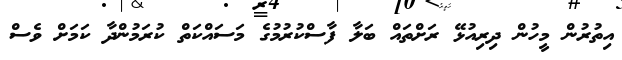
އިތުރުން މީހުން ދިރިއުޅޭ ރަށްތައް ބަލާ ފާސްކުރުމުގެ މަސައްކަތް ކުރަމުންދާ ކަމަށް ވެސް